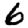
Digit: 6